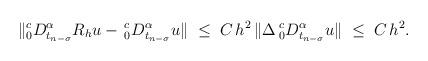
LaTeX: \begin{align*} \|^{c}_{0}{D}^{\alpha}_{t_{n-\sigma}}R_hu - \, ^{c}_{0}{D}^{\alpha}_{t_{n-\sigma}}u\| \; \le \; C \, h^2 \, \| \Delta \, ^{c}_{0}{D}^{\alpha}_{t_{n-\sigma}}u \| \; \le \; C \, h^2.\end{align*}